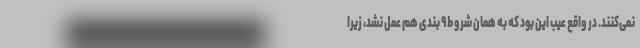
نمی‌کنند. در واقع عیب این بود که به همان شروط ۹ بندی هم عمل نشد، زیرا